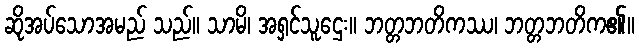
ဆိုအပ်သောအမည် သည်။ သာမိ၊ အရှင်သူဌေး။ ဘတ္တဘတိကဿ၊ ဘတ္တဘတိက၏။